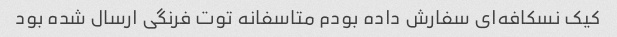
کیک نسکافه‌ای سفارش داده بودم متاسفانه توت فرنگی ارسال شده بود